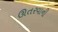
ઊતરવાની